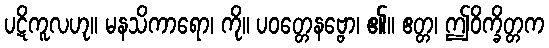
ပဋိကူလဟု။ မနသိကာရော၊ ကို။ ပဝတ္တေနဗ္ဗော၊ ၏။ ဧတ္တ၊ ဤဝိက္ခိတ္တက